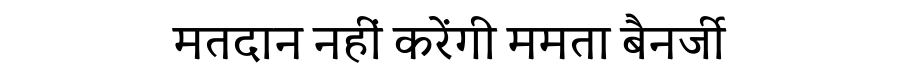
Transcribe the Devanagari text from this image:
मतदान नहीं करेंगी ममता बैनर्जी